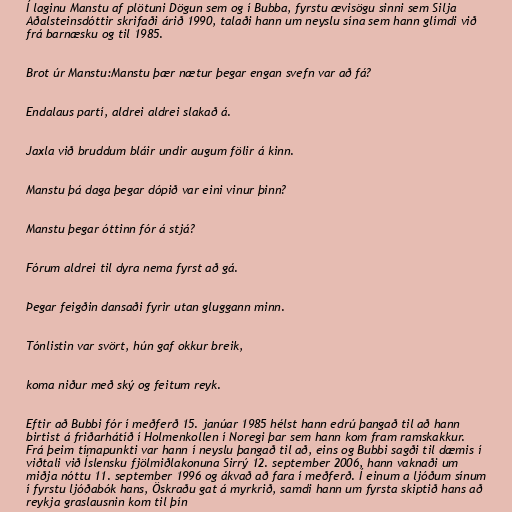
Í laginu Manstu af plötuni Dögun sem og í Bubba, fyrstu ævisögu sinni sem Silja
Aðalsteinsdóttir skrifaði árið 1990, talaði hann um neyslu sína sem hann glímdi við
frá barnæsku og til 1985.

Brot úr Manstu:Manstu þær nætur þegar engan svefn var að fá?

Endalaus partí, aldrei aldrei slakað á.

Jaxla við bruddum bláir undir augum fölir á kinn.

Manstu þá daga þegar dópið var eini vinur þinn?

Manstu þegar óttinn fór á stjá?

Fórum aldrei til dyra nema fyrst að gá.

Þegar feigðin dansaði fyrir utan gluggann minn.

Tónlistin var svört, hún gaf okkur breik,

koma niður með ský og feitum reyk.

Eftir að Bubbi fór í meðferð 15. janúar 1985 hélst hann edrú þangað til að hann
birtist á friðarhátíð í Holmenkollen í Noregi þar sem hann kom fram ramskakkur.
Frá þeim tímapunkti var hann í neyslu þangað til að, eins og Bubbi sagði til dæmis í
viðtali við Íslensku fjölmiðlakonuna Sirrý 12. september 2006, hann vaknaði um
miðja nóttu 11. september 1996 og ákvað að fara í meðferð. Í einum a ljóðum sínum
í fyrstu ljóðabók hans, Öskraðu gat á myrkrið, samdi hann um fyrsta skiptið hans að
reykja graslausnin kom til þín